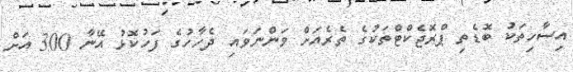
އިސާހިތަކު ބޮޑެތި ޕްރޮޖެކްޓްތަކުގެ ތެރެއަށް ވަންނަވައި ދެހާހުގެ ފަހުކޮޅު އޭނާ 300 އަށް